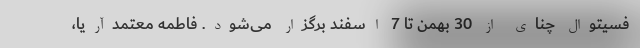
فسیتوال چنای از 30 بهمن تا 7 اسفند برگزار می‌شود. فاطمه معتمدآریا،